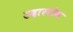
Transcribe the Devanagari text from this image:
उदाररोग